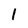
Character: 1